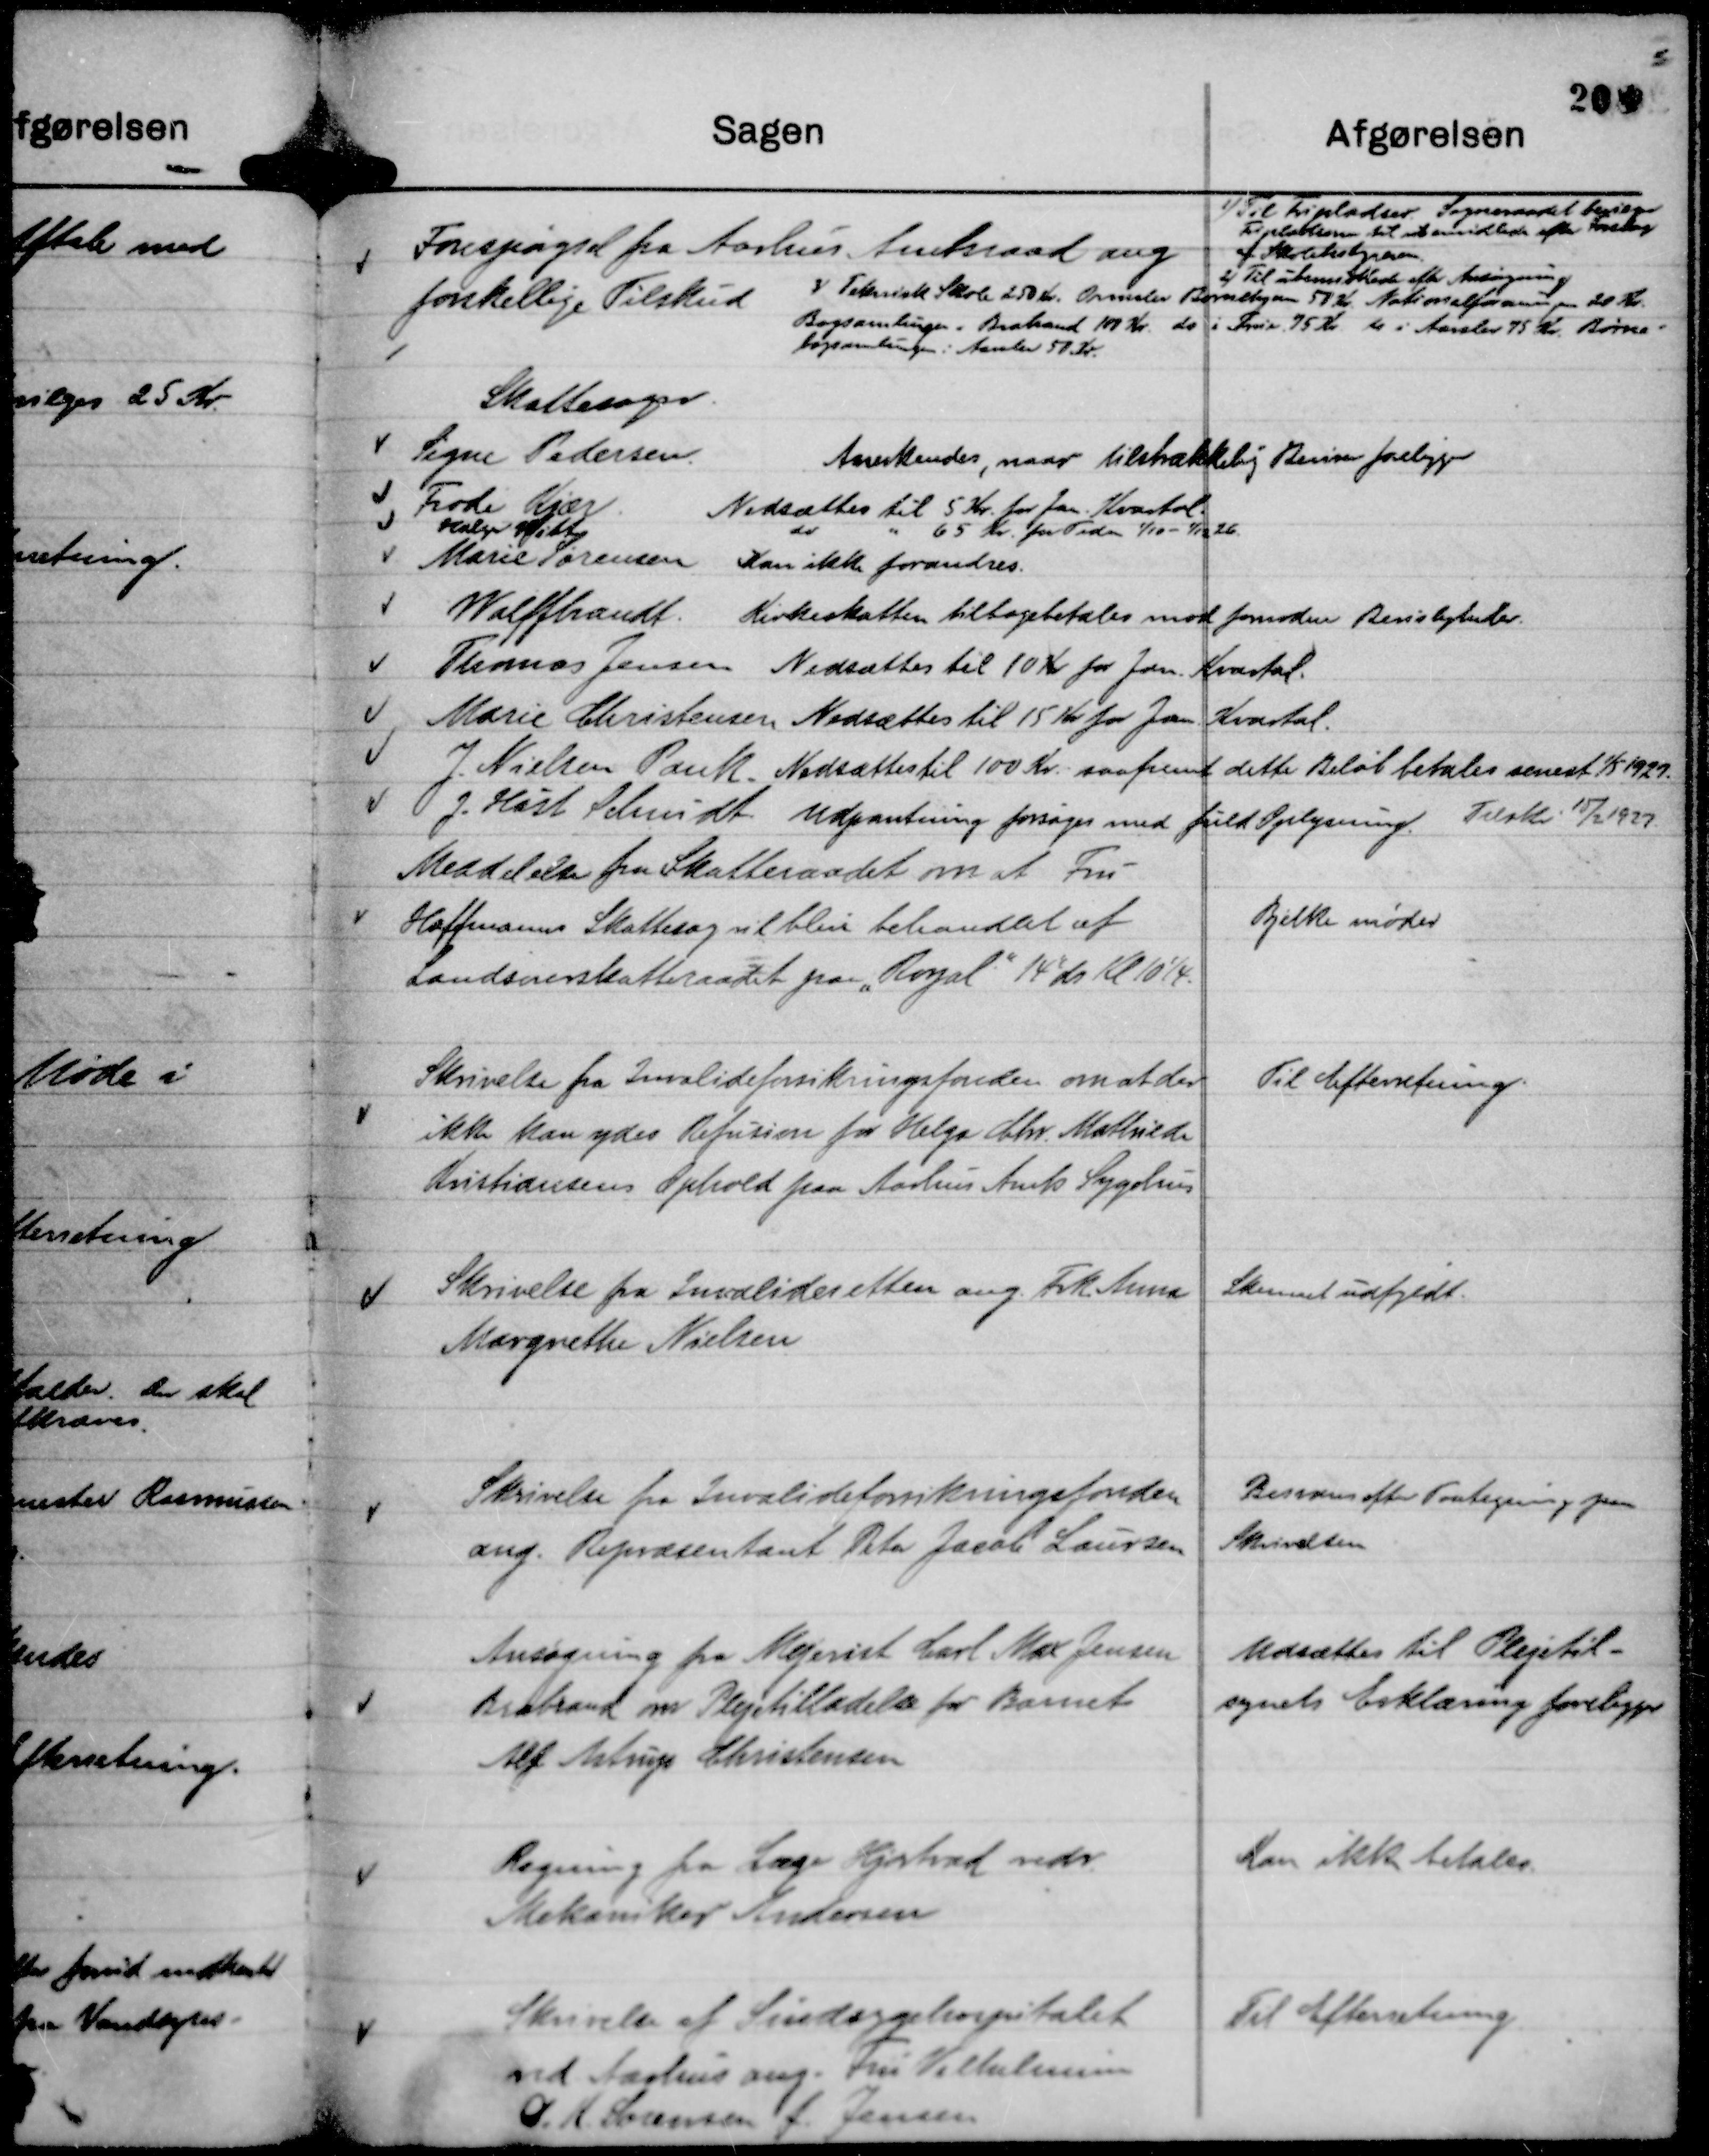
Transskription:
Forespørgsel fra Aarhus Amtsraad ang
forskellige Tilskud

1) Til Fripladser. Sogneraadet bevilger
Fripladserne til ubemidlede efter Forslag
af Skolebestyreren.
2) Til ubemidlede efter Ansøgning
3) Teknisk Skole 250 Kr. Ormslev Børnehjem 50 Kr. Nationalforeningen 20 Kr.
Bogsamlingen i Brabrand 100 Kr. do i True, 75 Kr. do i Aarslev 75 Kr. Børne-
bogsamlingen i Aarslev 50 Kr.

Meddelelse fra Skatteraadet om at Fru
Hoffmanns Skattesag vil blive behandlet af
Landsoverskatteraadet paa "Royal"

14' ds Kl 10¼.

Bjelke møder

Skrivelse fra Invalideforsikringsfonden om at der
ikke kan ydes Refusion for Helga Chr. Mathilde
Kristiansens Ophold paa Aarhus Amts Sygehus

Til Efterretning.

Skrivelse fra Invalideretten ang. Frk Anna
Margrethe Nielsen

Skemaet udfyldt.

Skrivelse fra Invalideforsikringsfonden
ang. Repræsentant Peter Jacob Laursen

Besvares efter Fortegning paa
Skrivelsen

Ansøgning fra Mejerist Carl Max Jensen
Brabrand om Plejetilladelse for Barnet
Alf Astrup Christensen

Udsættes til Plejetil-
synets Erklæring foreligger

Regning fra Læge Hjortvad vedr.
Mekaniker Andersen

Kan ikke betales.

Skrivelse af Sindsygehospitalet
ved Aarhus ang. Fru Vilhelmine
O. K. Sørensen f. Jensen

Til Efterretning.